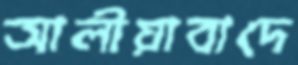
আলীয়াবাদে